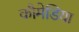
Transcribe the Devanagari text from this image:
कौमेडिया